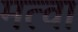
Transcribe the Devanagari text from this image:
मत्वा